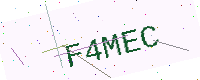
Text: F4MEC